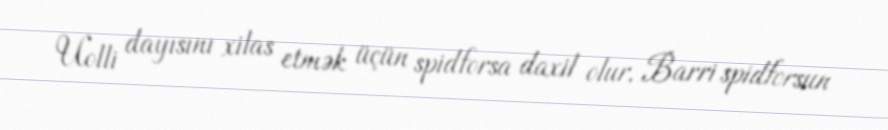
Uolli dayısını xilas etmək üçün spidforsa daxil olur, Barri spidforsun